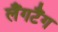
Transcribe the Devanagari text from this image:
लैंगटैंग